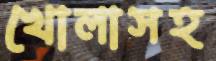
খোলাসহ